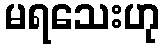
မရသေးဟု